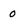
Character: 0